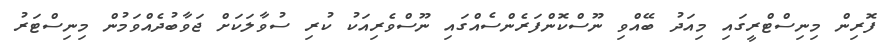
ފޮރިން މިނިސްޓްރީގައި މިއަދު ބޭއްވި ނޫސްކޮންފަރެންސެއްގައި ނޫސްވެރިއަކު ކުރި ސުވާލަކަށް ޖަވާބުދެއްވަމުން މިނިސްޓަރު